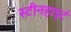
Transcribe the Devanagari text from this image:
स्टीनहार्ड्ट